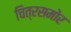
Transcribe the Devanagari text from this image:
चित्रसमोर